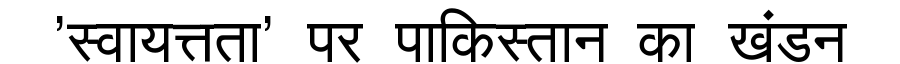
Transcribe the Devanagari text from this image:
'स्वायत्तता' पर पाकिस्तान का खंडन